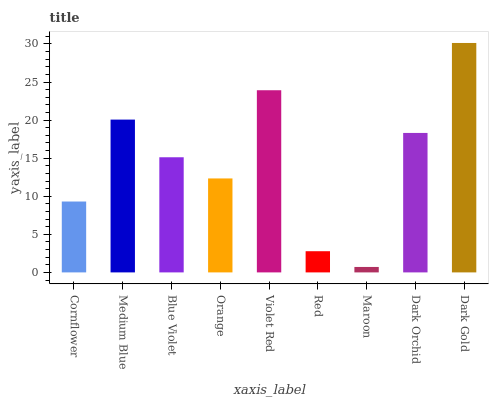
| xaxis_label | bars |
 | --- | --- |
 | Cornflower | 9.31 |
 | Medium Blue | 20.1 |
 | Blue Violet | 15.1 |
 | Orange | 12.3 |
 | Violet Red | 23.9 |
 | Red | 2.78 |
 | Maroon | 0.715 |
 | Dark Orchid | 18.3 |
 | Dark Gold | 30.1 |